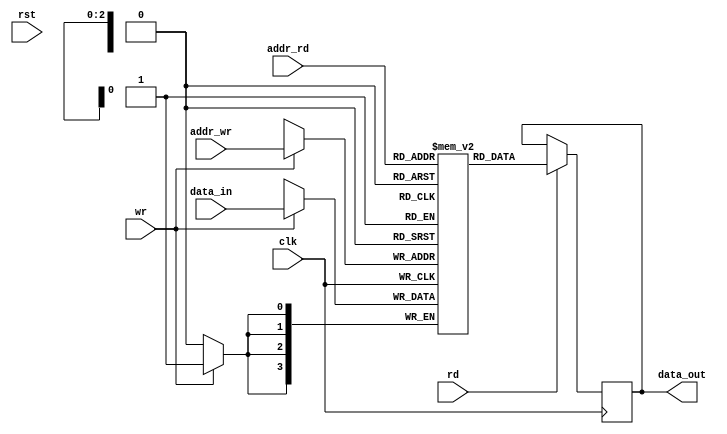
`timescale 1ns / 1ps


module mem #(parameter DATA_WIDTH = 4, parameter ADDR_WIDTH = 3)
    (
    input clk,
    input rst,
    input wr,
    input rd,
    input [ADDR_WIDTH-1:0] addr_wr,
    input [ADDR_WIDTH-1:0] addr_rd,
    input [DATA_WIDTH-1:0] data_in,
    output reg [DATA_WIDTH-1:0] data_out
    );
    localparam RAM_DEPTH = 1<<ADDR_WIDTH;
    
    reg [DATA_WIDTH-1:0] mem [0:RAM_DEPTH-1];

    /*
    integer i;
    generate
    always@(posedge clk or posedge rst)
        begin
            if(rst)
                for(i = 0; i < RAM_DEPTH; i = i + 1)
                    mem[i] <=  'b0;
        end
    endgenerate
    */

    always@(posedge clk)
        begin: MEM_WRITE
            if (wr)
                mem[addr_wr] = data_in;
        end
        
     always@(posedge clk)
        begin
            if(rd)
                data_out = mem[addr_rd];
        end
endmodule